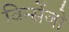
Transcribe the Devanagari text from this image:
विन्सेंजो